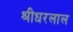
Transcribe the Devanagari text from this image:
श्रीधरलाल